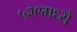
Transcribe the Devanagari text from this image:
५२९मध्ये